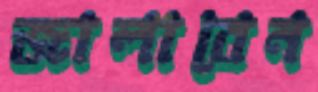
জালাবেন